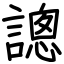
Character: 謥